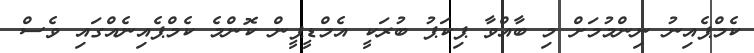
ކެމްޕެއިނު ނިންމުމަށް މި ބާއްވާ ޕިކަޕު ބުރަކީ އެމްޑީޕީން ކޮންމެ ކެމްޕެއިނެއްގައި ވެސް